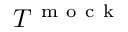
T ^ { \mathrm { ~ m ~ o ~ c ~ k ~ } }